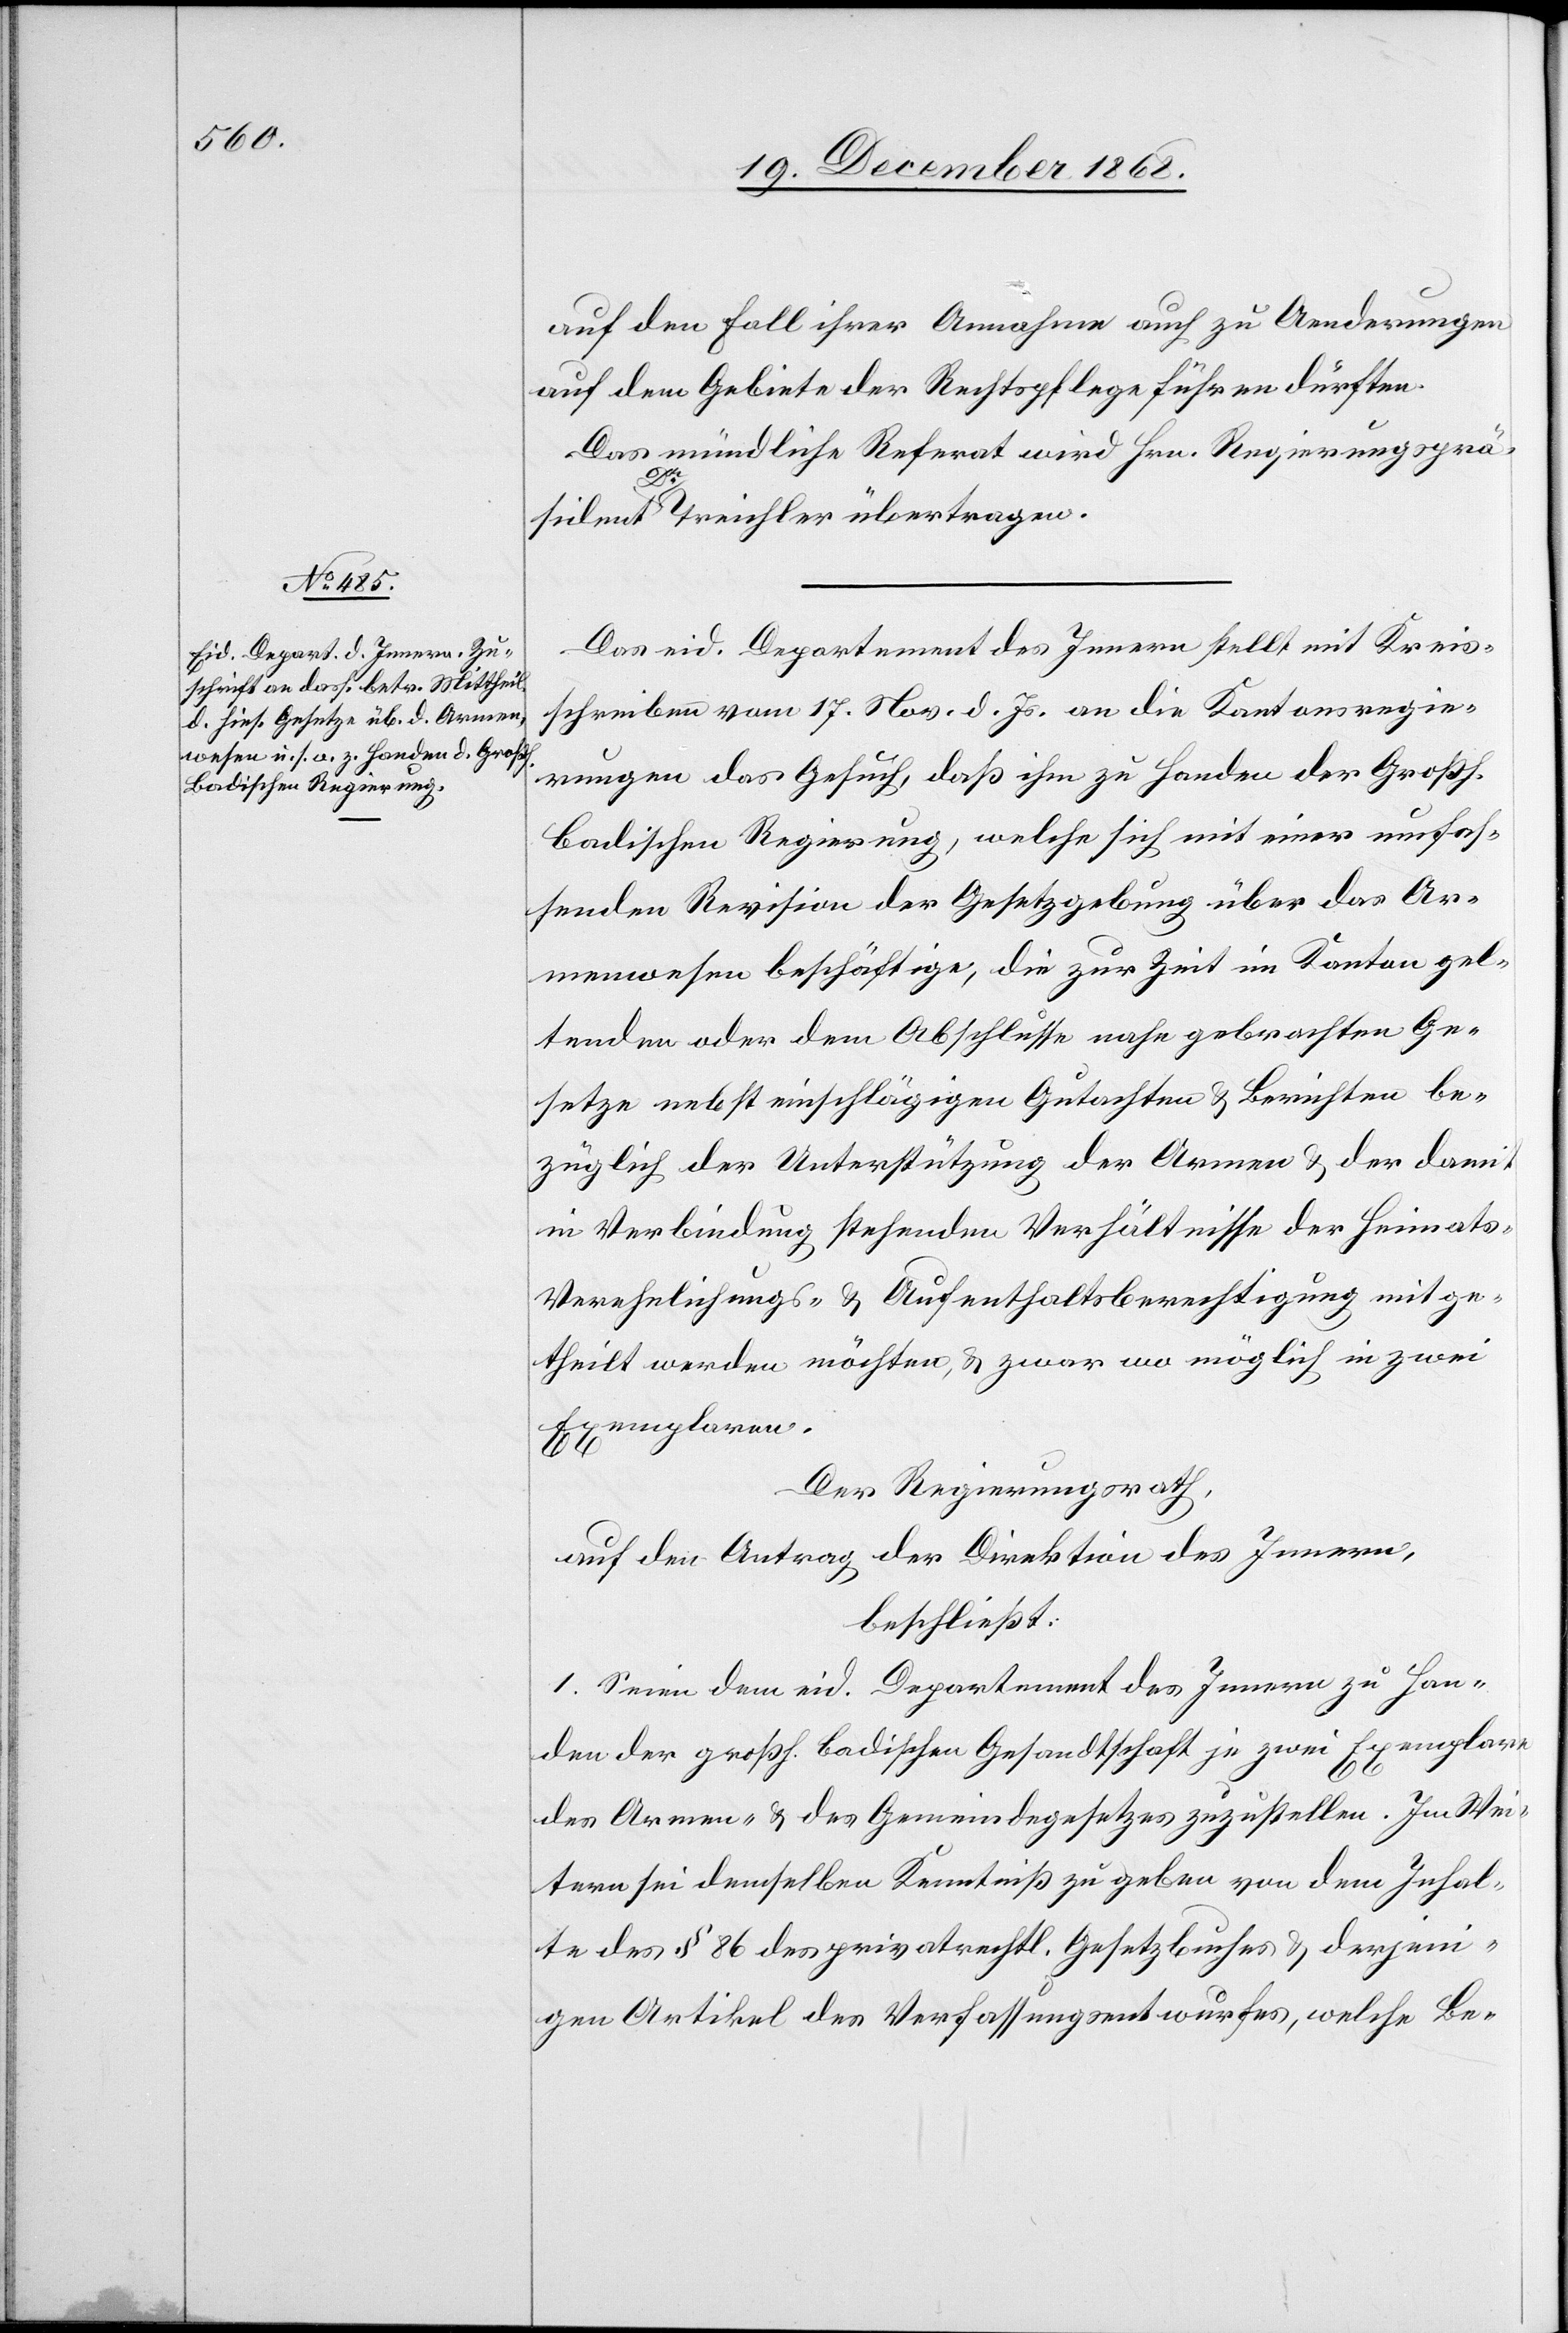
auf den Fall ihrer Annahme auch zu Aenderungen
auf dem Gebiete der Rechtspflege führen dürften.
Das mündliche Referat wird Hrn. Regierungsprä¬
sident Dr Treichler übertragen.
Das eid. Departement des Innern stellt mit Kreis¬
schreiben vom 17. Nov. d. Js. an die Kantonsregie¬
rungen das Gesuch, daß ihm zu Handen der Großh.
badischen Regierung, welche sich mit einer umfas¬
senden Revision der Gesetzgebung über das Ar¬
menwesen beschäftige, die zur Zeit im Kanton gel¬
tenden oder dem Abschlusse nahe gebrachten Ge¬
setze nebst einschlägigen Gutachten & Berichten be¬
züglich der Unterstützung der Armen & der damit
in Verbindung stehenden Verhältnisse der Heimats-[,]
Verehelichungs- & Aufenthaltsberechtigung mitge¬
theilt werden möchten, & zwar wo möglich in zwei
Exemplaren.
Der Regierungsrath,
auf den Antrag der Direktion des Innern,
beschließt:
1. Seien dem eid. Departement des Innern zu Han¬
den der großh. badischen Gesandtschaft je zwei Exemplare
des Armen- & des Gemeindegesetzes zuzustellen. Im Wei¬
tern sei demselben Kenntniß zu geben von dem Inhal¬
te des § 86 des privatrechtl. Gesetzbuches & derjeni¬
gen Artikel des Verfassungsentwurfes, welche Be-